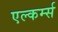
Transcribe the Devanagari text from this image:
एल्कर्म्स